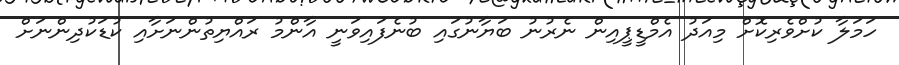
ހަމަލާ ކުށްވެރިކޮށް މިއަދު އެމްޑީޕީއިން ނެރުނު ބަޔާނުގައި ބުނެފައިވަނީ އާންމު ރައްޔިތުންނަށާއި ކުޑަކުދިންނަށް